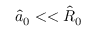
\hat { a } _ { 0 } < < \hat { R } _ { 0 }